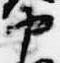
中